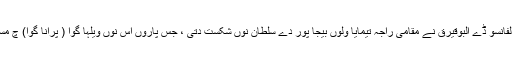
1510ء چ پرتگیزی ایڈمرل الفانسو ڈے البوقیرق نے مقامی راجہ تیمایا ولوں بیجا پور دے سلطان نوں شکست دتی ، جس پاروں اس نوں ویلہا گوا ( پرانا گوا) چ مستقل آبدی دی اجازت لبھ گئی ۔